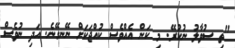
"ތި ސުވާލު ނުކުރޭ. މި ކަން އެއްވެސް ކުއްޖަކަށް ނޭނގޭނެ. އަދި ނުވެސް